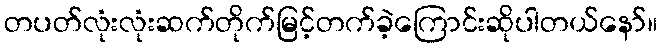
တပတ်လုံးလုံးဆက်တိုက်မြင့်တက်ခဲ့ကြောင်းဆိုပါတယ်နော်။